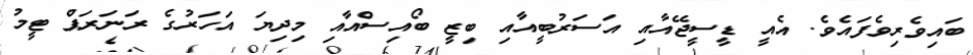
ބައިވެރިވެފައެވެ. އެއީ ޑީސީޖޭއާއި އަސަރުބީއާއި ބިޒީ ބޯއިސްއާއި މިދިޔަ އަހަރުގެ ރަނަރަޕް ޓީމު